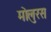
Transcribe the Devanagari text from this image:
मोलुरस